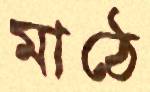
মাঠে